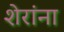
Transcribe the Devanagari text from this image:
शेरांना